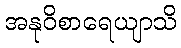
အနုဝိစာရေယျာသိ